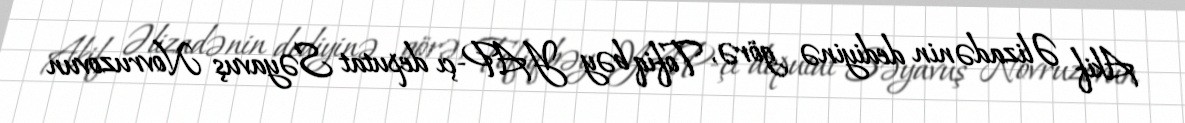
Akif Əlizadənin dediyinə görə, Tofiq bəy YAP-çı deputat Səyavuş Novruzovun